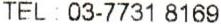
TEL : 03-7731 8169